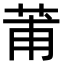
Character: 莆